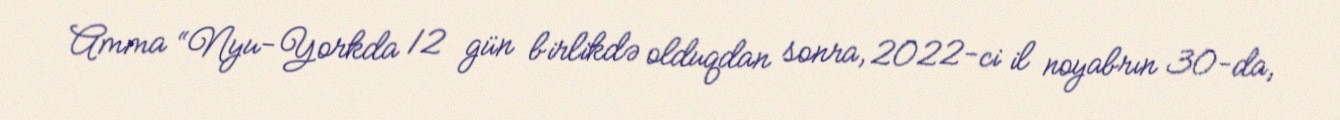
Amma “Nyu-Yorkda 12 gün birlikdə olduqdan sonra, 2022-ci il noyabrın 30-da,